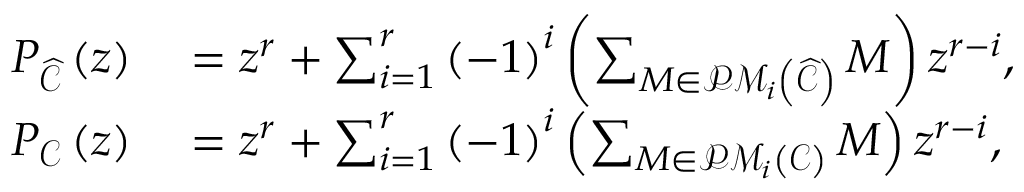
\begin{array} { r l } { P _ { \widehat { \mathcal { C } } } \left( z \right) } & { { } = z ^ { r } + \sum _ { i = 1 } ^ { r } \left( - 1 \right) ^ { i } \left( \sum _ { M \in \mathcal { P M } _ { i } \left( \widehat { \mathcal { C } } \right) } M \right) z ^ { r - i } , } \\ { P _ { \mathcal { C } } \left( z \right) } & { { } = z ^ { r } + \sum _ { i = 1 } ^ { r } \left( - 1 \right) ^ { i } \left( \sum _ { M \in \mathcal { P M } _ { i } \left( \mathcal { C } \right) } M \right) z ^ { r - i } , } \end{array}